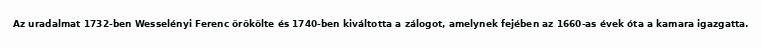
Az uradalmat 1732-ben Wesselényi Ferenc örökölte és 1740-ben kiváltotta a zálogot, amelynek fejében az 1660-as évek óta a kamara igazgatta.